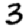
Digit: 3